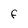
Character: F